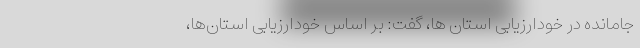
جامانده در خودارزیابی استان ها، گفت: بر اساس خودارزیابی استان‌ها،